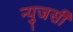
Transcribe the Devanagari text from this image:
न्युजर्सी